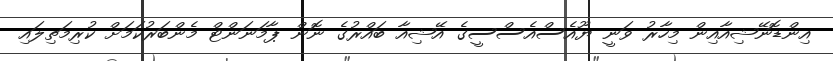
އިންޑޮނޭޝިއާއިން މިހާރު ވަނީ ޔޫއެސްއެސްސީގެ އޭޝިއާ ބައްރުގެ ނޮން ޕާމަނަންޓް މެންބަރުކަމަށް ކުރިމަތިލައި